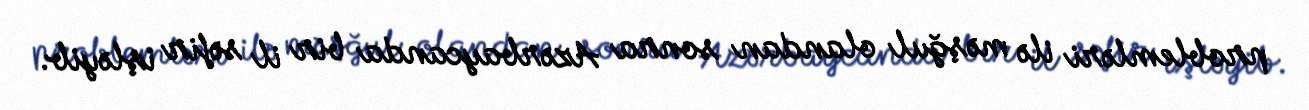
problemləri ilə məşğul olandan sonra Azərbaycanda bir il səfir işləyib.